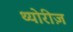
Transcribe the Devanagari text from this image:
थ्योरीज़